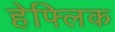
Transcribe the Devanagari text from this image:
हेफ्लिक